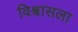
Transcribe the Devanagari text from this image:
विश्वासला